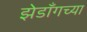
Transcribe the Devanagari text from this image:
झेडॉँगच्या